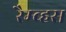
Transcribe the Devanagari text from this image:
रैम्ब्हस